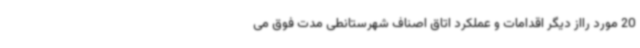
20 مورد رااز دیگر اقدامات و عملکرد اتاق اصناف شهرستانطی مدت فوق می